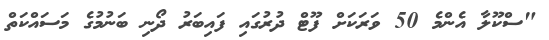
"ސްކޫލާ އެންމެ 50 ވަރަކަށް ފޫޓް ދުރުގައި ފައިބަރު ދޯނި ބަނުމުގެ މަސައްކަތް